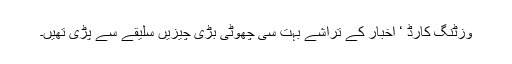
وزٹنگ کارڈ ‘ اخبار کے تراشے بہت سی چھوٹی بڑی چیزیں سلیقے سے پڑی تھیں۔